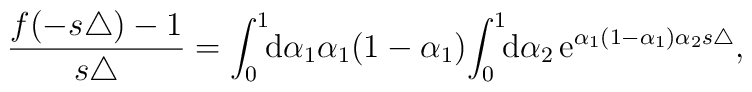
\frac{ f (- s \triangle )- 1 }{ s \triangle }=	\int_0^1\!\! {\mathrm{d}}\alpha_1 \alpha_1 (1-\alpha_1) \!	\int_0^1\!\!  {\mathrm{d}} \alpha_2  \,	{\mathrm e}^{\alpha_1(1-\alpha_1)\alpha_2 s \triangle},